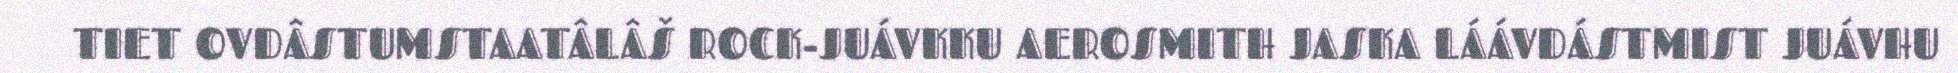
TIET OVDÂSTUMSTAATÂLÂŠ ROCK-JUÁVKKU AEROSMITH JASKA LÁÁVDÁSTMIST JUÁVHU